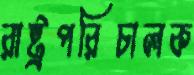
রাষ্ট্রপরিচালক